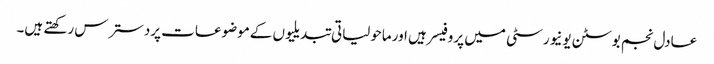
عادل نجم بوسٹن یونیورسٹی میں پروفیسر ہیں اورماحولیاتی تبدیلیوں کےموضوعات پردسترس رکھتے ہیں۔